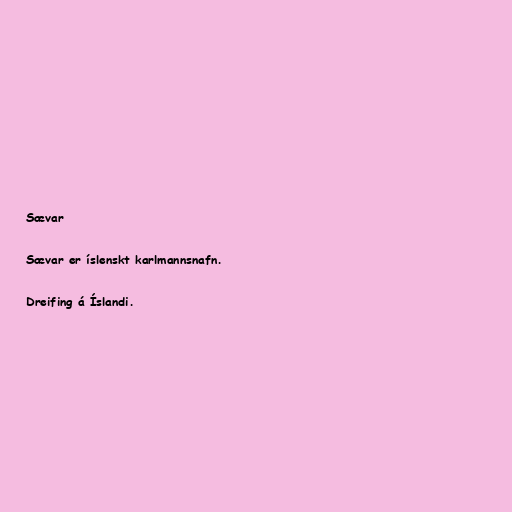
Sævar

Sævar er íslenskt karlmannsnafn.

Dreifing á Íslandi.